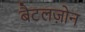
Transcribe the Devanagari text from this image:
बैटलज़ोन